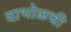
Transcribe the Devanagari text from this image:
दाभोळची